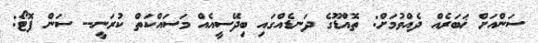
ސަންއަށް ޚަބަރެއް ދެއްވުމަށް: ތޮއްޑޫގެ ދަނޑެއްގައި ބިދޭސީއެއް މަސައްކަތް ކުރަނީ-- ސަން ފޮޓޯ: